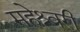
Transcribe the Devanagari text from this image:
महेश्र्वरी